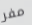
مفر